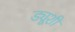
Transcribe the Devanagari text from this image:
ड्यूशी